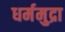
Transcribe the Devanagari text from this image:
धर्ममुद्रा